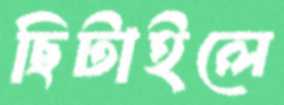
ছিটাইলে